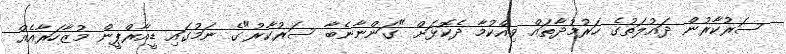
ސަރުކާރުން ދައުލަތުގެ ހަރުމުދާތައް ވިއްކުމާ ދެކޮޅަށް "ގަންނާނެބާ ސަރުކާރު"ގެ ނަމުގައި ޑީއާރްޕީން މުޒާހަރާއެއް